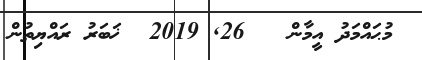
މުޙައްމަދު އީމާން   26